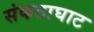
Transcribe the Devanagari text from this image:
संकठाघाट